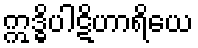
ဣဒ္ဓိပါဋိဟာရိယေ